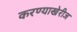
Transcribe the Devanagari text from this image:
करण्याखेरीज